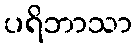
ပရိဘာသာ